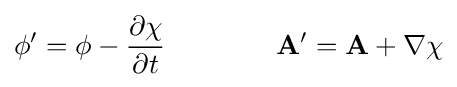
\phi '=\phi -{\frac {\partial \chi }{\partial t}}\qquad \qquad \mathbf {A} '=\mathbf {A} +\nabla \chi